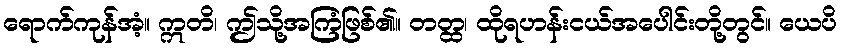
ရောက်ကုန်အံ့။ ဣတိ၊ ဤသို့အကြံဖြစ်၏။ တတ္ထ၊ ထိုရဟန်းငယ်အပေါင်းတို့တွင်။ ယေပိ